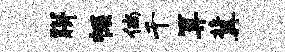
胼幄倘千算冀